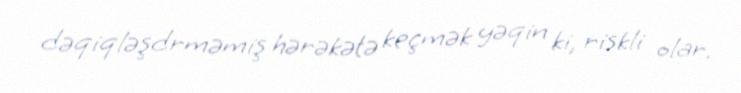
dəqiqləşdrməmiş hərəkətə keçmək yəqin ki, riskli olar.